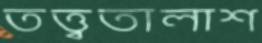
তত্ত্বতালাশ